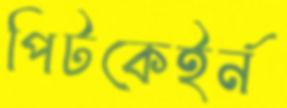
পিটকেইর্ন